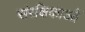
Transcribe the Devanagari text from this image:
संरक्षिकाओं